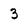
Character: 3